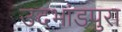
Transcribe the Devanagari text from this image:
उदभांडपुरा